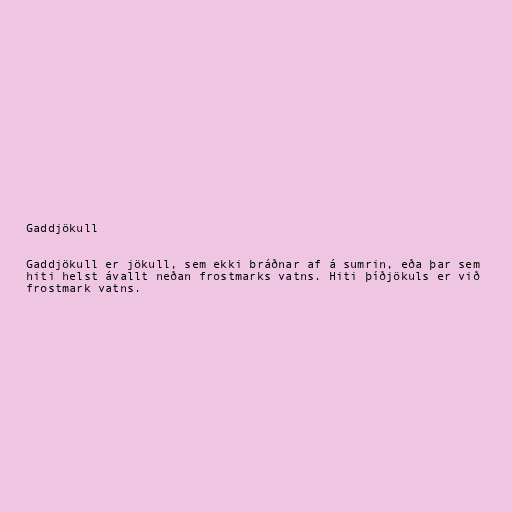
Gaddjökull

Gaddjökull er jökull, sem ekki bráðnar af á sumrin, eða þar sem
hiti helst ávallt neðan frostmarks vatns. Hiti þíðjökuls er við
frostmark vatns.